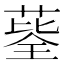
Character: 𦷅